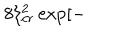
8 \xi _ { c r } ^ { 2 } \exp [ -